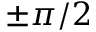
\pm \pi / 2